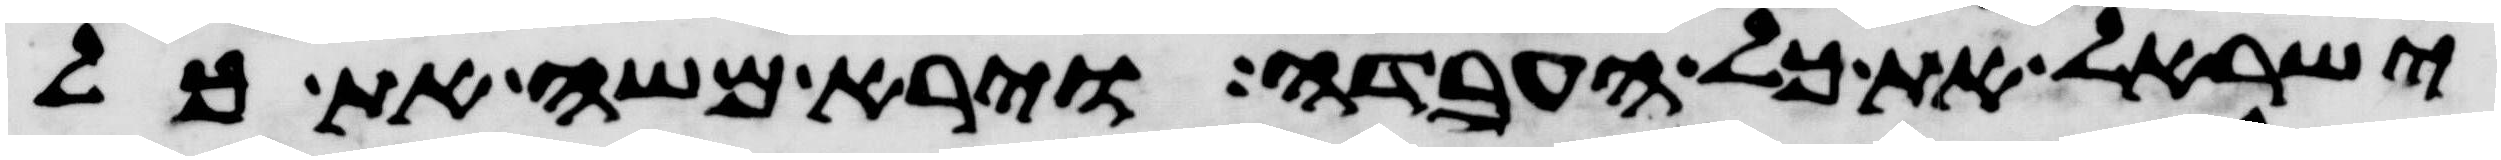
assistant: ישראל את כל העבדה וירא משה את כל